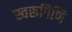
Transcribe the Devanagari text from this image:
स्वरूपिणि